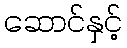
ဆောင်နှင့်